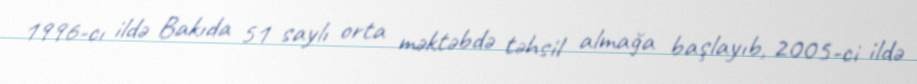
1996-cı ildə Bakıda 51 saylı orta məktəbdə təhsil almağa başlayıb, 2005-ci ildə